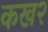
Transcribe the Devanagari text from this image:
कख२